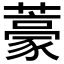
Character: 𮒑